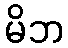
မိဘ